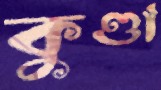
কুণ্ডা